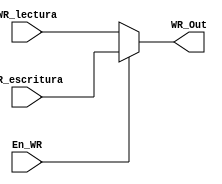
`timescale 1ns / 1ps
//////////////////////////////////////////////////////////////////////////////////
// Company: 
// Engineer: 
// 
// Design Name: 
// Module Name: Muxi_WR
// Project Name: 
// Target Devices: 
// Tool Versions: 
// Description: 
// 
// Dependencies: 
// 
// Revision:
// Revision 0.01 - File Created
// Additional Comments:
// 
//////////////////////////////////////////////////////////////////////////////////


module Muxi_WR(
    WR_escritura,
    WR_lectura,
    En_WR,
    WR_Out
    
    );
 parameter largo =8;
 input WR_lectura;
 input WR_escritura;
 output WR_Out;
 input En_WR;
 
assign WR_Out = En_WR ? WR_escritura: WR_lectura;

endmodule